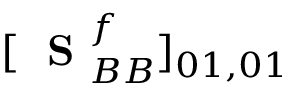
[ \mathrm { ~ \bf ~ S ~ } _ { B B } ^ { f } ] _ { 0 1 , 0 1 }